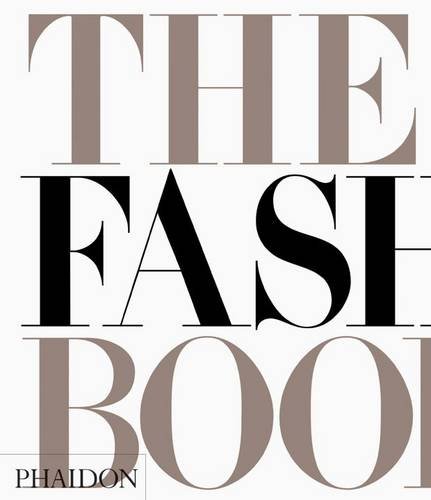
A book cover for The Fashion Book; Editors of Phaidon Press; Arts & Photography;